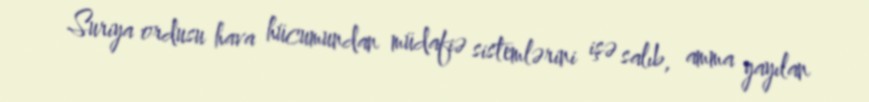
Suriya ordusu hava hücumundan müdafiə sistemlərini işə salıb, amma yayılan